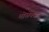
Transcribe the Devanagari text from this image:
मोसेक्स